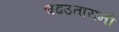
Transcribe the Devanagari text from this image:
चढउतारांनी